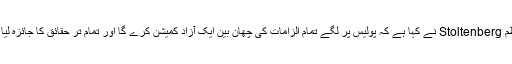
وزیر اعظم Stoltenberg نے کہا ہے کہ پولیس پر لگے تمام الزامات کی چھان بین ایک آزاد کمیشن کرے گا اور تمام تر حقائق کا جائزہ لیا جائے گا۔